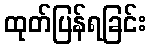
ထုတ်ပြန်ရခြင်း